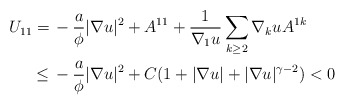
\begin{align*}\begin{aligned}U_{11} = \,& - \frac{a}{\phi} |\nabla u|^2 + A^{11} + \frac{1}{\nabla_1 u} \sum_{k \geq 2} \nabla_k u A^{1k}\\ \leq \,& - \frac{a}{\phi} |\nabla u|^2 + C (1 + |\nabla u| + |\nabla u|^{\gamma-2}) < 0\end{aligned}\end{align*}